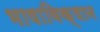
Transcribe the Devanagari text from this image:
भाषाविक्षान